Report on vaccination proceedings throughout the Government of Bengal -
Year: 1868
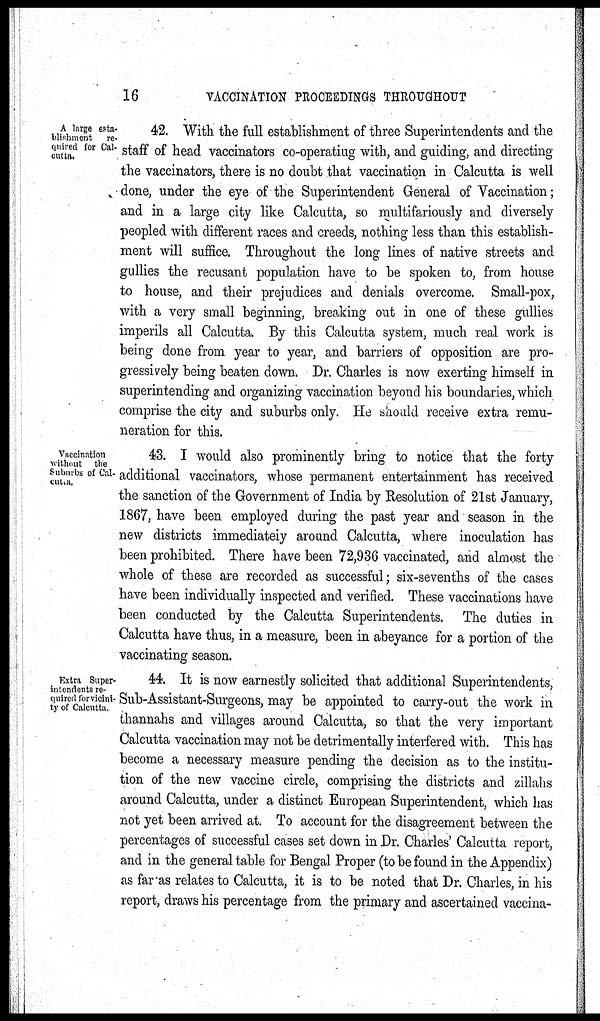
16
VACCINATION PROCEEDINGS THROUGHOUT
A large esta-
blishment re-
quired for Cal-
cutta.
42. With the full establishment of three Superintendents and the
staff of head vaccinators co-operating with, and guiding, and directing
the vaccinators, there is no doubt that vaccination in Calcutta is well
done, under the eye of the Superintendent General of Vaccination;
and in a large city like Calcutta, so multifariously and diversely
peopled with different races and creeds, nothing less than this establish-
ment will suffice. Throughout the long lines of native streets and
gullies the recusant population have to be spoken to, from house
to house, and their prejudices and denials overcome. Small-pox,
with a very small beginning, breaking out in one of these gullies
imperils all Calcutta. By this Calcutta system, much real work is
being done from year to year, and barriers of opposition are pro-
gressively being beaten down. Dr. Charles is now exerting himself in
superintending and organizing vaccination beyond his boundaries, which
comprise the city and suburbs only. He should receive extra remu-
neration for this.
Vaccination
without the
Suburbs of Cal¬
cutta.
43. I would also prominently bring to notice that the forty
additional vaccinators, whose permanent entertainment has received
the sanction of the Government of India by Resolution of 21st January,
1867, have been employed during the past year and season in the
new districts immediateiy around Calcutta, where inoculation has
been prohibited. There have been 72,936 vaccinated, and almost the
whole of these are recorded as successful; six-sevenths of the cases
have been individually inspected and verified. These vaccinations have
been conducted by the Calcutta Superintendents. The duties in
Calcutta have thus, in a measure, been in abeyance for a portion of the
vaccinating season.
Extra Super-
intendents re-
quired for vicini¬
ty of Calcutta.
44. It is now earnestly solicited that additional Superintendents,
Sub-Assistant-Surgeons, may be appointed to carry-out the work in
thannahs and villages around Calcutta, so that the very important
Calcutta vaccination may not be detrimentally interfered with. This has
become a necessary measure pending the decision as to the institu-
tion of the new vaccine circle, comprising the districts and zillahs
around Calcutta, under a distinct European Superintendent, which has
not yet been arrived at. To account for the disagreement between the
percentages of successful cases set down in Dr. Charles' Calcutta report,
and in the general table for Bengal Proper (to be found in the Appendix)
as far as relates to Calcutta, it is to be noted that Dr. Charles, in his
report, draws his percentage from the primary and ascertained vaccina-